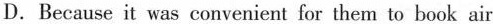
D.Because it was convenient for them to book air